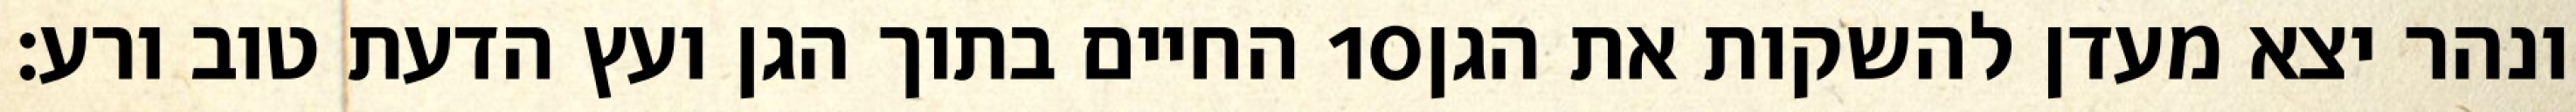
החיים בתוך הגן ועץ הדעת טוב ורע׃ ‎10‏ ונהר יצא מעדן להשקות את הגן